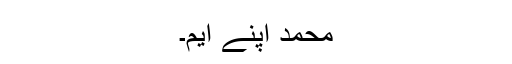
محمد اپنے ایم۔